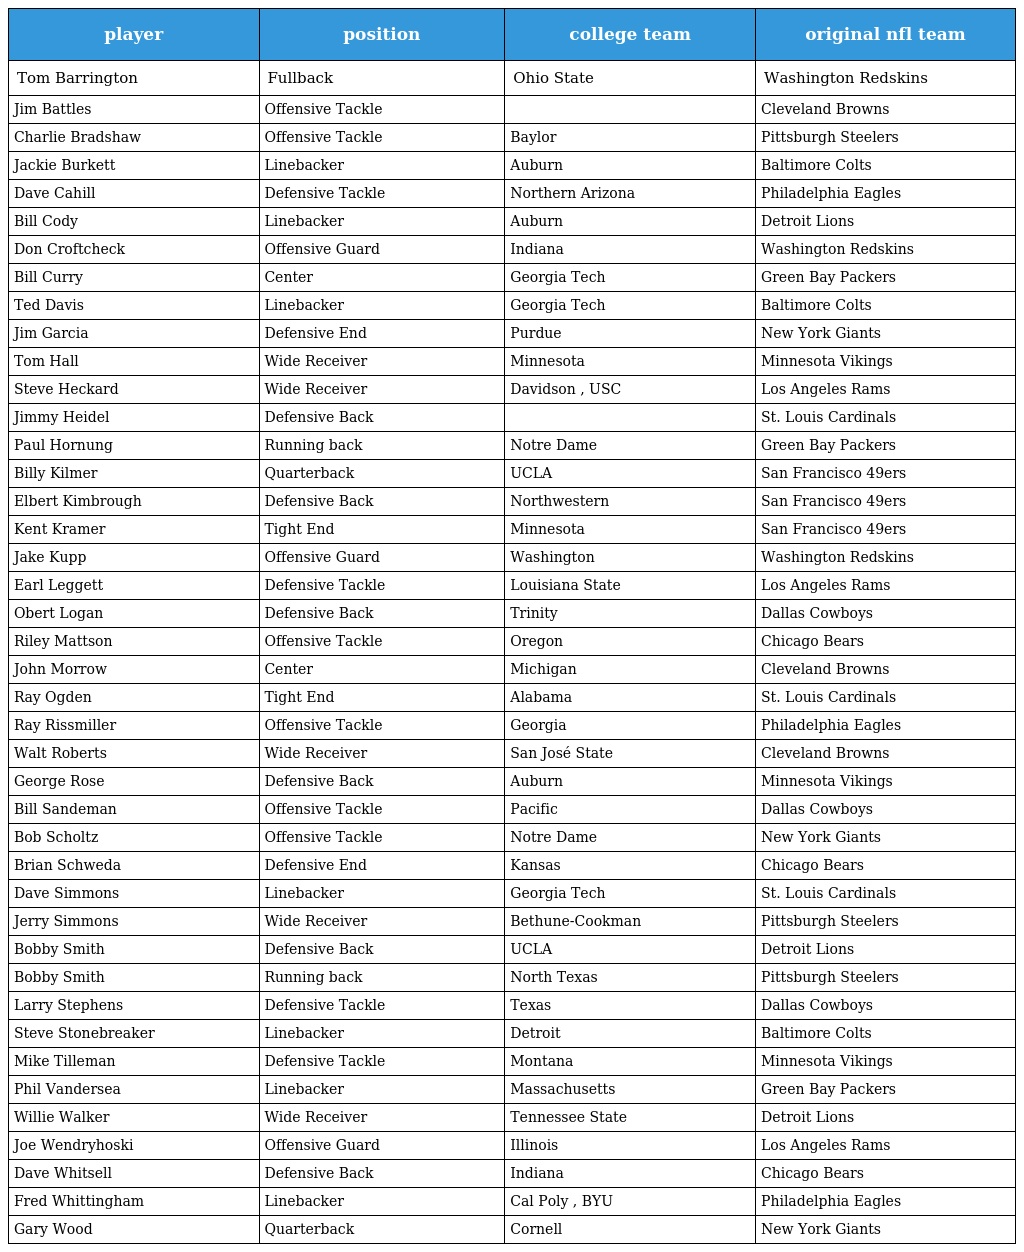
| player | position | college team | original nfl team |
 | --- | --- | --- | --- |
 | Tom Barrington | Fullback | Ohio State | Washington Redskins |
 | Jim Battles | Offensive Tackle |  | Cleveland Browns |
 | Charlie Bradshaw | Offensive Tackle | Baylor | Pittsburgh Steelers |
 | Jackie Burkett | Linebacker | Auburn | Baltimore Colts |
 | Dave Cahill | Defensive Tackle | Northern Arizona | Philadelphia Eagles |
 | Bill Cody | Linebacker | Auburn | Detroit Lions |
 | Don Croftcheck | Offensive Guard | Indiana | Washington Redskins |
 | Bill Curry | Center | Georgia Tech | Green Bay Packers |
 | Ted Davis | Linebacker | Georgia Tech | Baltimore Colts |
 | Jim Garcia | Defensive End | Purdue | New York Giants |
 | Tom Hall | Wide Receiver | Minnesota | Minnesota Vikings |
 | Steve Heckard | Wide Receiver | Davidson , USC | Los Angeles Rams |
 | Jimmy Heidel | Defensive Back |  | St. Louis Cardinals |
 | Paul Hornung | Running back | Notre Dame | Green Bay Packers |
 | Billy Kilmer | Quarterback | UCLA | San Francisco 49ers |
 | Elbert Kimbrough | Defensive Back | Northwestern | San Francisco 49ers |
 | Kent Kramer | Tight End | Minnesota | San Francisco 49ers |
 | Jake Kupp | Offensive Guard | Washington | Washington Redskins |
 | Earl Leggett | Defensive Tackle | Louisiana State | Los Angeles Rams |
 | Obert Logan | Defensive Back | Trinity | Dallas Cowboys |
 | Riley Mattson | Offensive Tackle | Oregon | Chicago Bears |
 | John Morrow | Center | Michigan | Cleveland Browns |
 | Ray Ogden | Tight End | Alabama | St. Louis Cardinals |
 | Ray Rissmiller | Offensive Tackle | Georgia | Philadelphia Eagles |
 | Walt Roberts | Wide Receiver | San José State | Cleveland Browns |
 | George Rose | Defensive Back | Auburn | Minnesota Vikings |
 | Bill Sandeman | Offensive Tackle | Pacific | Dallas Cowboys |
 | Bob Scholtz | Offensive Tackle | Notre Dame | New York Giants |
 | Brian Schweda | Defensive End | Kansas | Chicago Bears |
 | Dave Simmons | Linebacker | Georgia Tech | St. Louis Cardinals |
 | Jerry Simmons | Wide Receiver | Bethune-Cookman | Pittsburgh Steelers |
 | Bobby Smith | Defensive Back | UCLA | Detroit Lions |
 | Bobby Smith | Running back | North Texas | Pittsburgh Steelers |
 | Larry Stephens | Defensive Tackle | Texas | Dallas Cowboys |
 | Steve Stonebreaker | Linebacker | Detroit | Baltimore Colts |
 | Mike Tilleman | Defensive Tackle | Montana | Minnesota Vikings |
 | Phil Vandersea | Linebacker | Massachusetts | Green Bay Packers |
 | Willie Walker | Wide Receiver | Tennessee State | Detroit Lions |
 | Joe Wendryhoski | Offensive Guard | Illinois | Los Angeles Rams |
 | Dave Whitsell | Defensive Back | Indiana | Chicago Bears |
 | Fred Whittingham | Linebacker | Cal Poly , BYU | Philadelphia Eagles |
 | Gary Wood | Quarterback | Cornell | New York Giants |